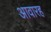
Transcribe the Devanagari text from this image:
आवारह